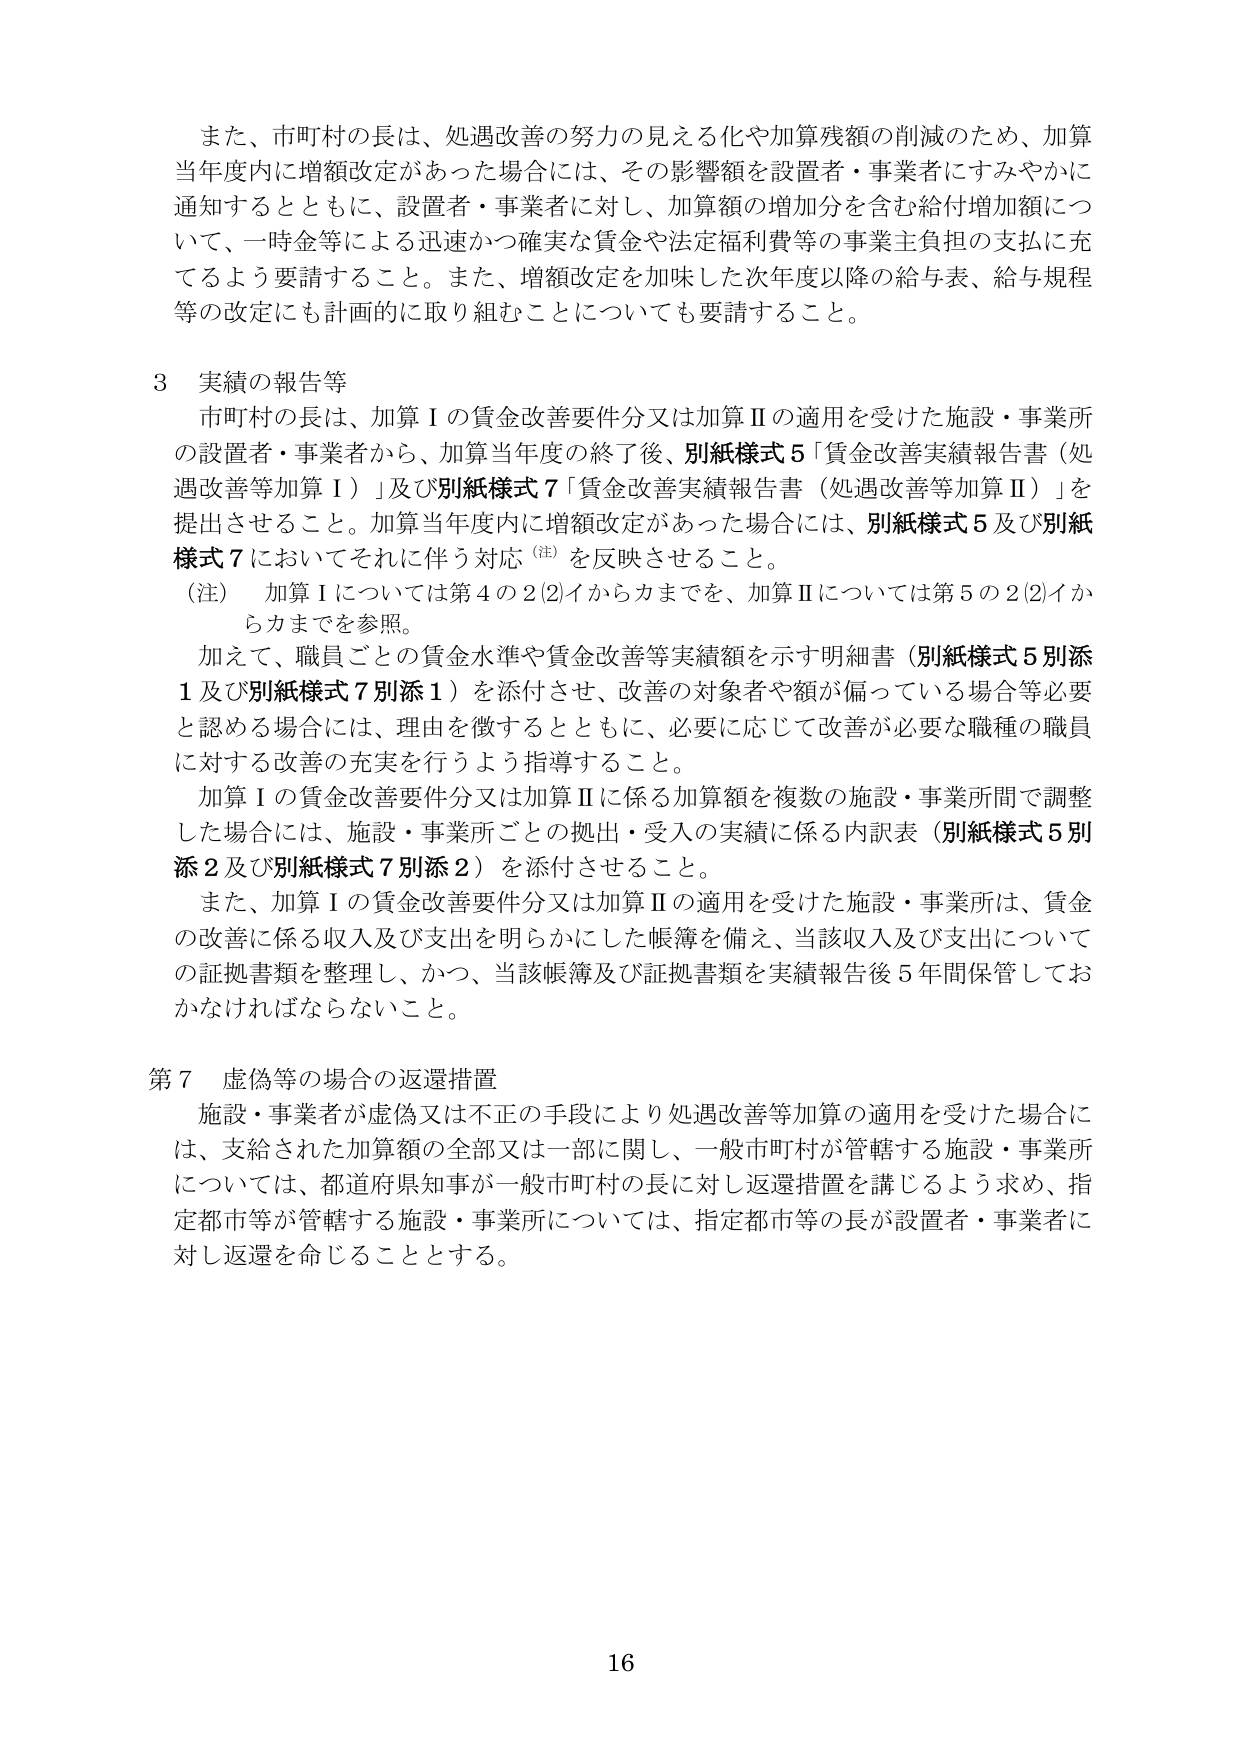
また、市町村の長は、処遇改善の努力の見える化や加算残額の削減のため、加算
当年度内に増額改定があった場合には、その影響額を設置者・事業者にすみやかに
通知するとともに、設置者・事業者に対し、加算額の増加分を含む給付増加額につ
いて、一時金等による迅速かつ確実な賃金や法定福利費等の事業主負担の支払に充
てるよう要請すること。また、増額改定を加味した次年度以降の給与表、給与規程
等の改定にも計画的に取り組むことについても要請すること。

3 実績の報告等
市町村の長は、加算Ⅰの賃金改善要件分又は加算Ⅱの適用を受けた施設・事業所
の設置者・事業者から、加算当年度の終了後、別紙様式5「賃金改善実績報告書（処
遇改善等加算Ⅰ）」及び別紙様式7「賃金改善実績報告書（処遇改善等加算Ⅱ）」を
提出させること。加算当年度内に増額改定があった場合には、別紙様式5及び別紙
様式7においてそれに伴う対応（注）を反映させること。
（注） 加算Ⅰについては第4の2(2)イからカまでを、加算Ⅱについては第5の2(2)イか
らカまでを参照。
加えて、職員ごとの賃金水準や賃金改善等実績額を示す明細書（別紙様式5別添
1及び別紙様式7別添1）を添付させ、改善の対象者や額が偏っている場合等必要
と認める場合には、理由を徴するとともに、必要に応じて改善が必要な職種の職員
に対する改善の充実を行うよう指導すること。
加算Ⅰの賃金改善要件分又は加算Ⅱに係る加算額を複数の施設・事業所間で調整
した場合には、施設・事業所ごとの拠出・受入の実績に係る内訳表（別紙様式5別
添2及び別紙様式7別添2）を添付させること。
また、加算Ⅰの賃金改善要件分又は加算Ⅱの適用を受けた施設・事業所は、賃金
の改善に係る収入及び支出を明らかにした帳簿を備え、当該収入及び支出について
の証拠書類を整理し、かつ、当該帳簿及び証拠書類を実績報告後5年間保管してお
かなければならないこと。

第7 虚偽等の場合の返還措置
施設・事業者が虚偽又は不正の手段により処遇改善等加算の適用を受けた場合に
は、支給された加算額の全部又は一部に関し、一般市町村が管轄する施設・事業所
については、都道府県知事が一般市町村の長に対し返還措置を講じるよう求め、指
定都市等が管轄する施設・事業所については、指定都市等の長が設置者・事業者に
対し返還を命じることとする。

16